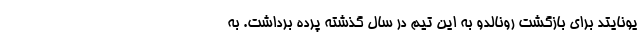
یونایتد برای بازگشت رونالدو به این تیم در سال گذشته پرده برداشت. به